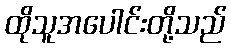
ထိုသူအပေါင်းတို့သည်